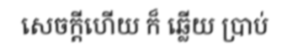
សេចក្តីហើយ ក៏ ឆ្លើយ ប្រាប់